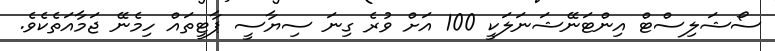
ސޯޝަލިސްޓް އިންޓަނޭޝަނަލަކީ 100 އަށް ވުރެ ގިނަ ސިޔާސީ ޕާޓީތައް ހިމެނޭ ޖަމާއަތެކެވެ.